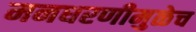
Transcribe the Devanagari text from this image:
मनधरणीमुळेच